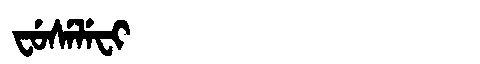
Manchu: ᠸᡠᠰᡝᠯᡝᠸᡳ
Romanization: FUSELEFI